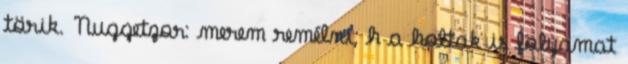
törik. Nuggetzor: merem remélni, h a holtak is folyamat